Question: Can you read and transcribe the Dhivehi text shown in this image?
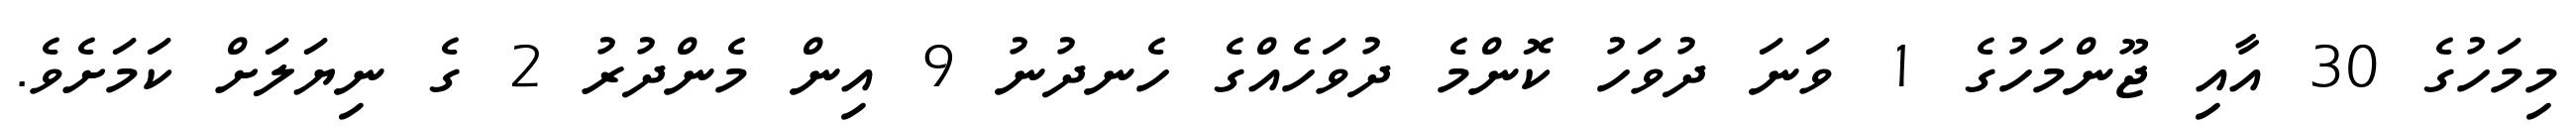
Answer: މިމަހުގެ 30 އާއި ޖޫންމަހުގެ 1 ވަނަ ދުވަހު ކޮންމެ ދުވަހެއްގެ ހެނދުނު 9 އިން މެންދުރު 2 ގެ ނިޔަލަށް ކަމަށެވެ.